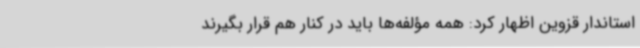
استاندار قزوین اظهار کرد: همه مؤلفه‌ها باید در کنار هم قرار بگیرند